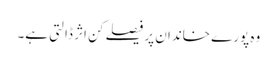
وہ پورے خاندان پر فیصلے کن اثر ڈالتی ہے۔